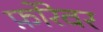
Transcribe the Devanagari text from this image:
फ़ोरेवर